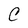
Character: C